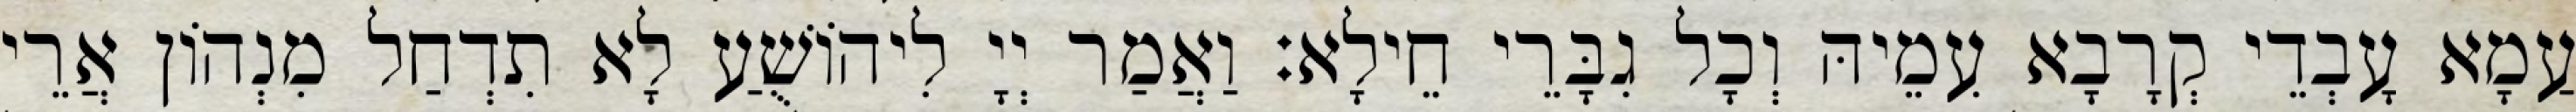
עַמָא עָבְדֵי קְרָבָא עִמֵיהּ וְכָל גִבָּרֵי חֵילָא׃ וַאֲמַר יְיָ לִיהוֹשֻׁעַ לָא תִדְחַל מִנְהוֹן אֲרֵי